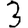
Digit: 3